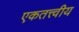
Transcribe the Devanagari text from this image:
एकतत्त्वीय